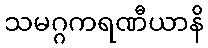
သမဂ္ဂကရဏီယာနိ